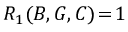
R _ { 1 } ( B , G , C ) \! = \! 1